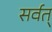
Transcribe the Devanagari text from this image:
सर्वत्